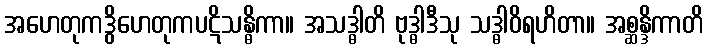
အဟေတုကဒွိဟေတုကပဋိသန္ဓိကာ။ အသဒ္ဓါတိ ဗုဒ္ဓါဒီသု သဒ္ဓါဝိရဟိတာ။ အစ္ဆန္ဒိကာတိ